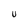
Character: v